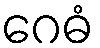
ဂေဓံ